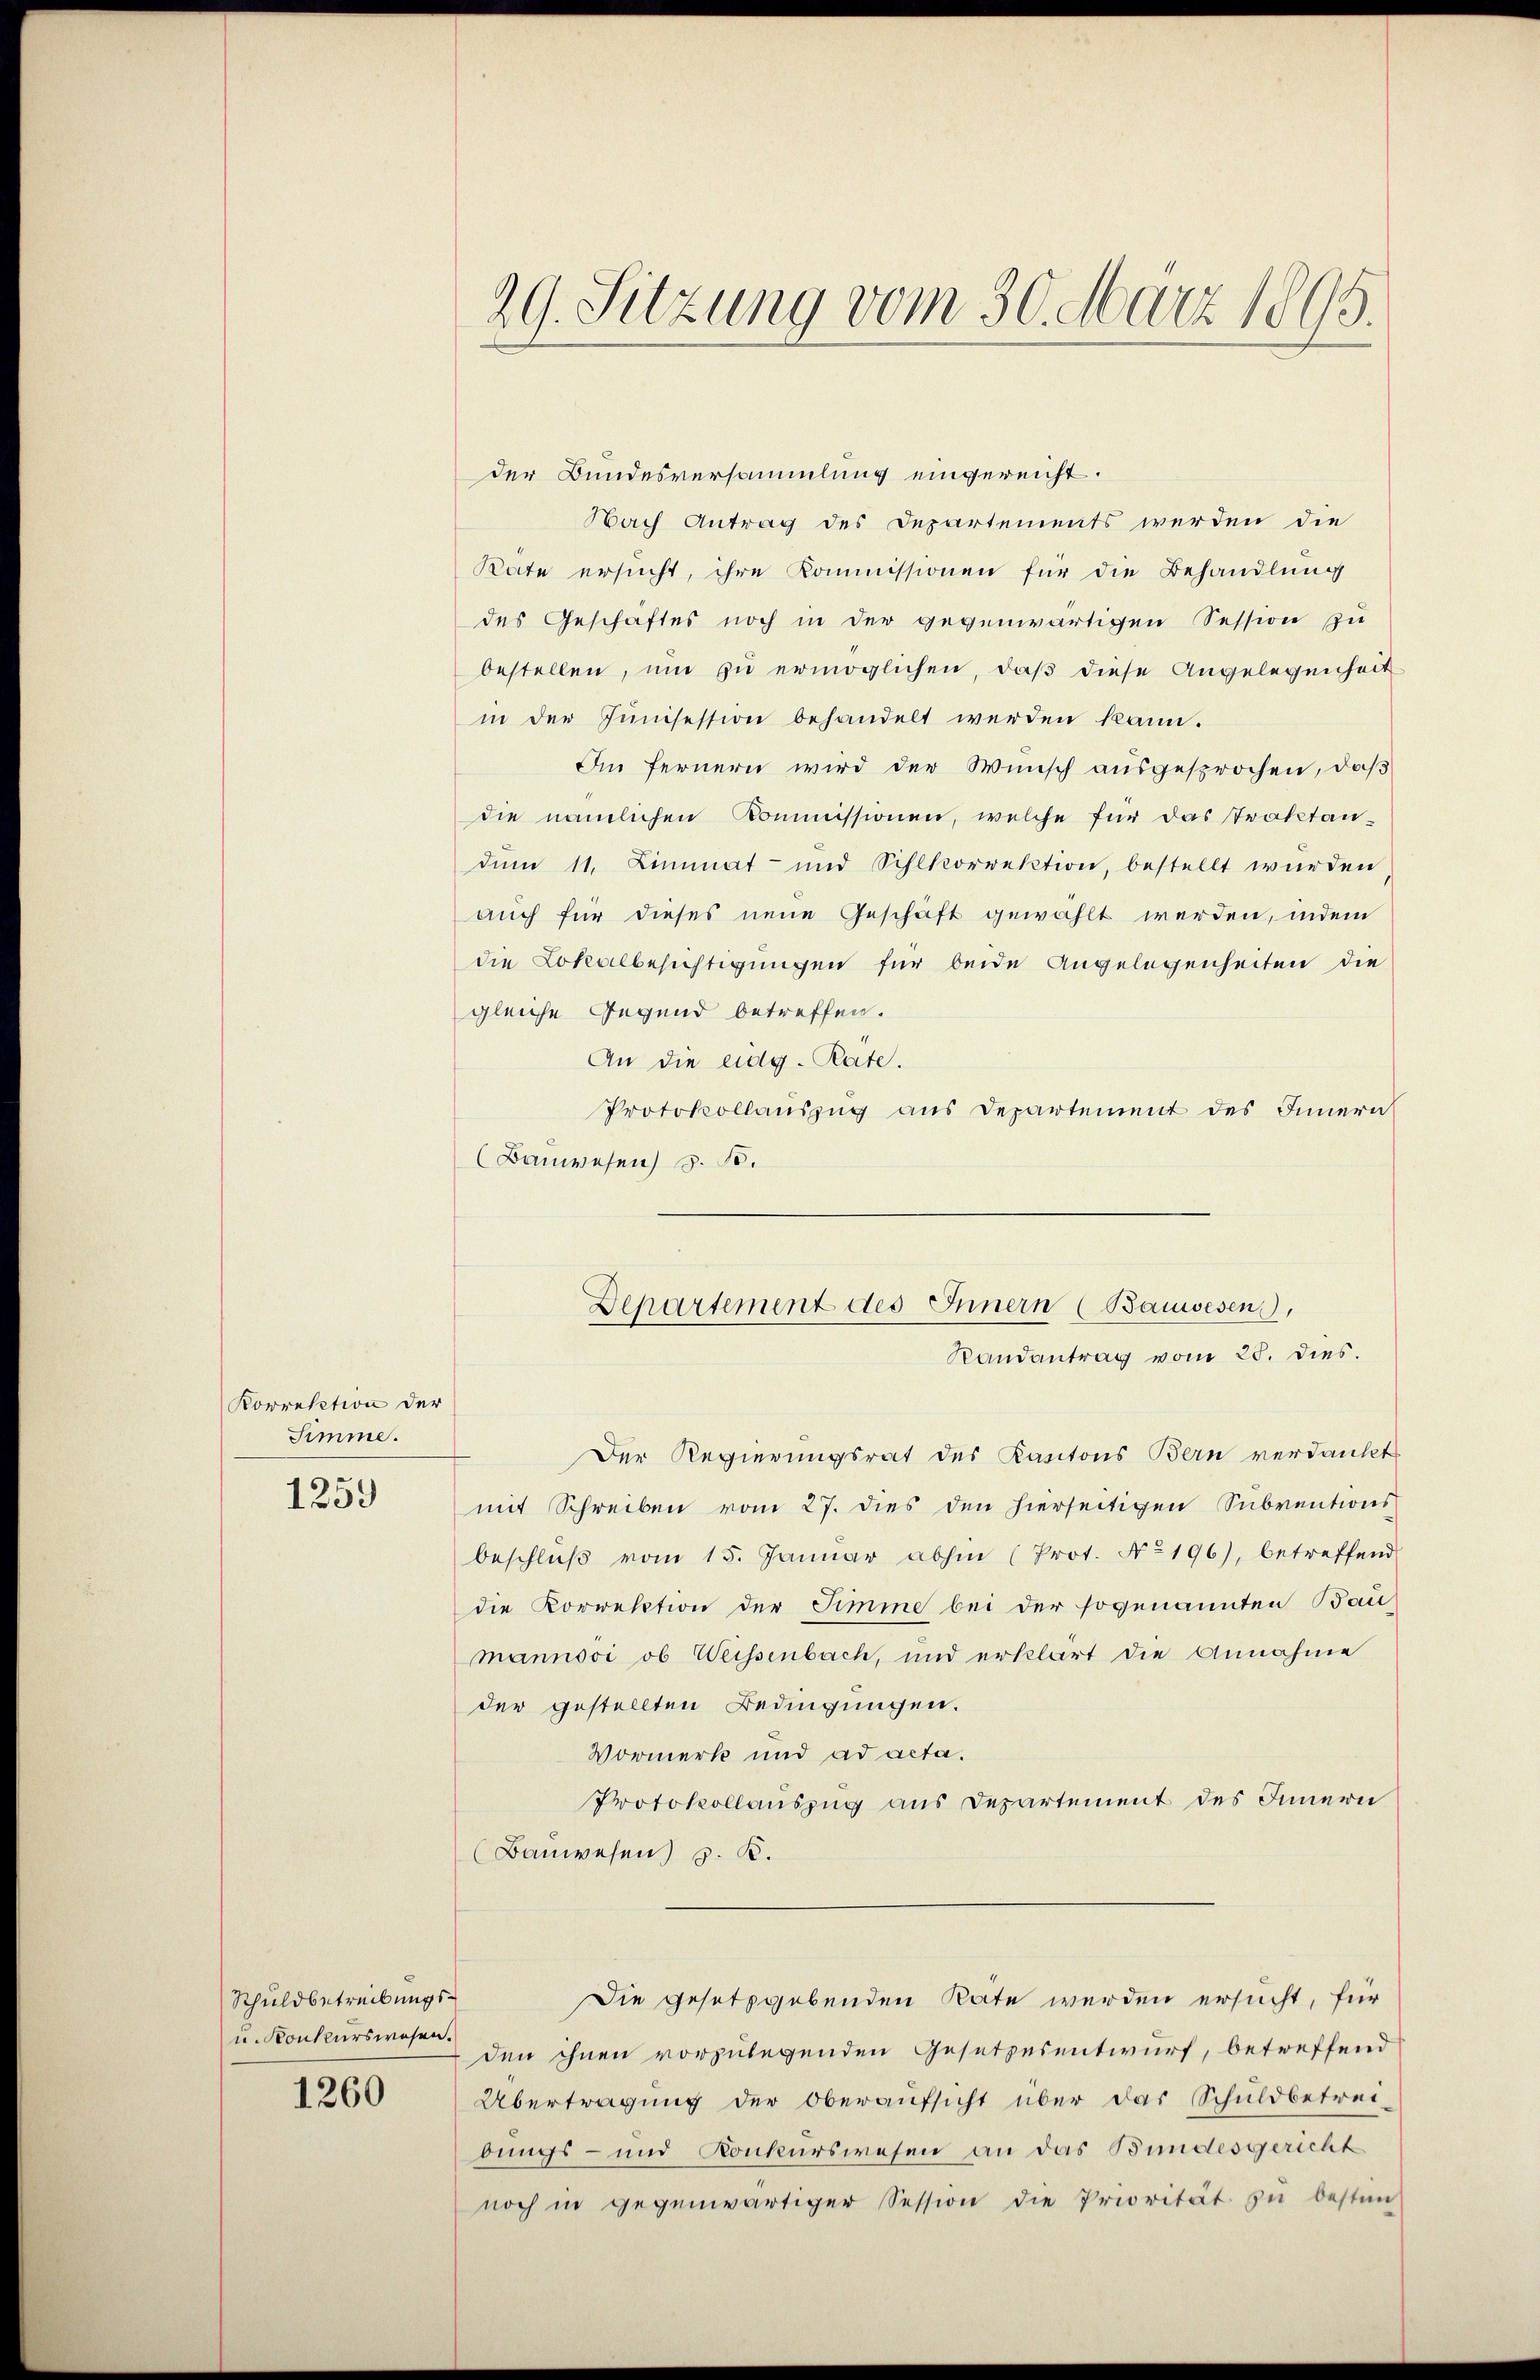
Korrektion der
Simme.

1259

Schuldbetreibungs¬
u. Konkurswesen.

1260

der Bundesversammlung eingereicht.
Nach Antrag des Departements werden die
Rate ersucht, ihre Kommissionen für die Behandlung
des Geschäftes noch in der gegenwärtigen Session zu
bestellen, ŭm zŭ ermöglichen, daβ diese Angelegenheit
in der Junisession behandelt werden kann.
Im fernern wird der Wunsch ausgesprochen, daß
die nämlichen Kommissionen, welche für das Traktandum 11. Limmat- und Sihlkorrektion, bestellt wurden
auch für dieses neue Geschäft gewählt werden, indem
die Lokalbesichtigungen für beide Angelegenheiten die
gleiche Gegend betreffen.
An die eidg. Rate.
Protokollauszug aus Departement des Innern
(Bauwesen, z. B.
Der Regierungsrat des Kantons Bern verdankt
mit Schreiben vom 27. dies den hierseitigen Subventions
beschlŭβ vom 15. Januar abhin (Prot. No 196), betreffend
die Korrektion der Simme bei der sogenannten Baumannsoi, ob Weissenbach, und erklärt die Annahme
der gestellten Bedingungen.
Vormerk und ad acta.
Protokollauszug aus Departement des Innern
Bauwesen) z. B.
Die gesetzgebenden Räte werden ersucht, für
den ihnen vorzulegenden Gesetzesentwurf, betreffend
Übertragung der Oberaufsicht über das Schuldbetrei-
bungs- und Konkurswesen an das Bundesgericht
noch in gegenwärtiger Session die Priorität zu bestim

29. Sitzung vom 30. März 1895.

Departement des Innern (Bauwesen,
Randantrag vom 25. dies.